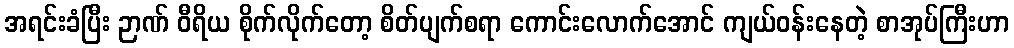
အရင်းခံပြီး ဉာဏ် ဝီရိယ စိုက်လိုက်တော့ စိတ်ပျက်စရာ ကောင်းလောက်အောင် ကျယ်ဝန်းနေတဲ့ စာအုပ်ကြီးဟာ